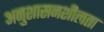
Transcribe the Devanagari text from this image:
अनुशासनशीलता